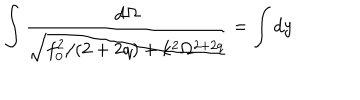
\int \frac { d \Omega } { \sqrt { f _ { 0 } ^ { 2 } / ( 2 + 2 q ) + k ^ { 2 } \Omega ^ { 2 + 2 q } } } = \int d y